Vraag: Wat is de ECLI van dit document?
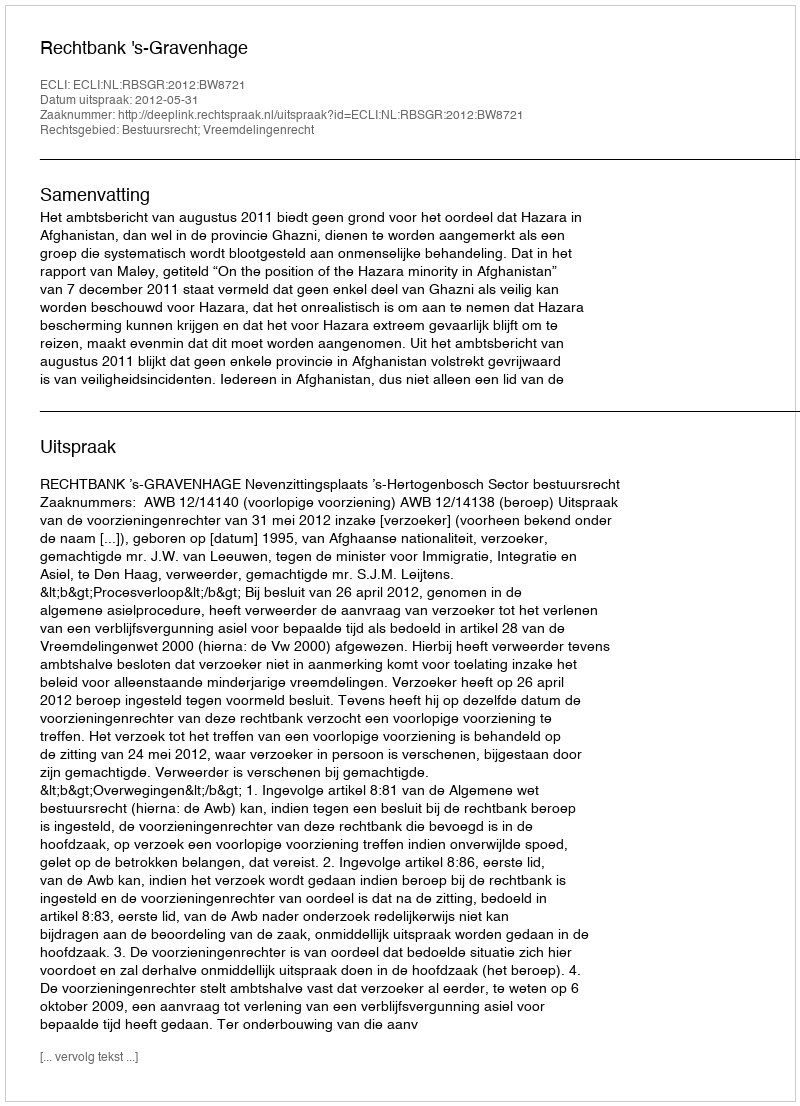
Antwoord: ECLI:NL:RBSGR:2012:BW8721